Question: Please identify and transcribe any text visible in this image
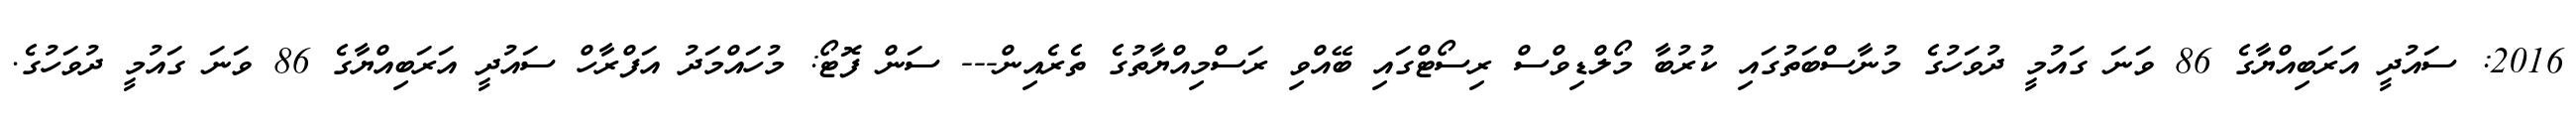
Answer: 2016: ސައުދީ އަރަބިއްޔާގެ 86 ވަނަ ގައުމީ ދުވަހުގެ މުނާސްބަތުގައި ކުރުބާ މޯލްޑިވްސް ރިސޯޓްގައި ބޭއްވި ރަސްމިއްޔާތުގެ ތެރެއިން--- ސަން ފޮޓޯ: މުހައްމަދު އަފްރާހް ސައުދީ އަރަބިއްޔާގެ 86 ވަނަ ގައުމީ ދުވަހުގެ.